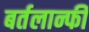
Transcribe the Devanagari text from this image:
बर्तलान्फी